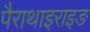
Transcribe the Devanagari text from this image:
पैराथाइराइङ